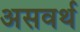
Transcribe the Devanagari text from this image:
असवर्थ